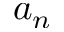
a _ { n }